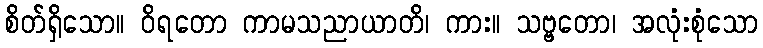
စိတ်ရှိသော။ ဝိရတော ကာမသညာယာတိ၊ ကား။ သဗ္ဗတော၊ အလုံးစုံသော